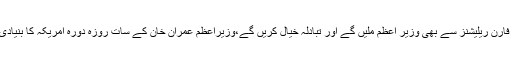
انہوں نے کہا کہ یہاں کے دو معروف تھینک ٹینک سایشیا سوسائٹی اور کونسل فار فارن ریلیشنز سے بھی وزیر اعظم ملیں گے اور تبادلہ خیال کریں گے،وزیراعظم عمران خان کے سات روزہ دورہ امریکہ کا بنیادی مقصد مقبوضہ جموں و کشمیر میں جاری بھارتی مظالم سے دنیا کو آگاہ کرنا ہے۔